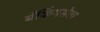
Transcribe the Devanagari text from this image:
बँकिंगसेवा